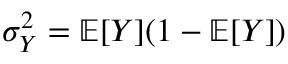
\sigma _ { Y } ^ { 2 } = \mathbb { E } [ Y ] ( 1 - \mathbb { E } [ Y ] )